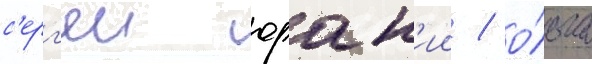
с'ерг'еи юрск'ии / о́льга